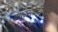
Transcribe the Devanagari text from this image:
नगरसेवकपदाचा